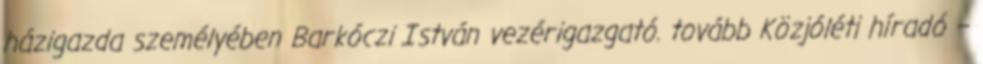
házigazda személyében Barkóczi István vezérigazgató. tovább Közjóléti híradó –